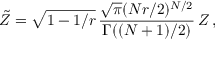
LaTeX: \tilde { \cal Z } = \sqrt { 1 - 1 / r } \, { \frac { \sqrt { \pi } ( N r / 2 ) ^ { N / 2 } } { \Gamma ( ( N + 1 ) / 2 ) } } \, { \cal Z } \, ,